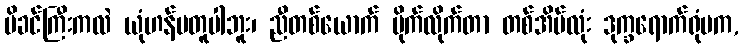
မိခင်ကြီးကလဲ ယုံဟန်မတူပါဘူး၊ ညီတစ်ယောက် မိုက်လိုက်တာ တစ်အိမ်လုံး ဒုက္ခရောက်ရုံမက,